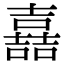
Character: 嚞